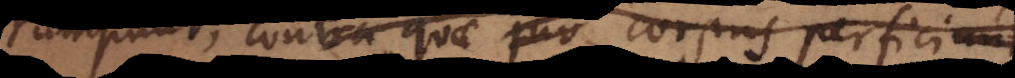
corrumpunt, contra quae juv corpus perficiunt